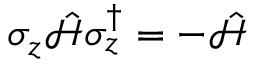
\sigma _ { z } \mathcal { \hat { H } } \sigma _ { z } ^ { \dagger } = - \mathcal { \hat { H } }